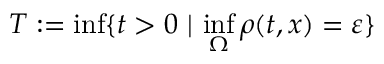
T : = \operatorname* { i n f } \{ t > 0 \ \lvert \ \operatorname* { i n f } _ { \Omega } \rho ( t , x ) = \varepsilon \}